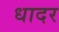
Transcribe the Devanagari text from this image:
धादर